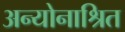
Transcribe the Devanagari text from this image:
अन्योनाश्रित